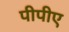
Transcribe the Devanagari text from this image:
पीपीए